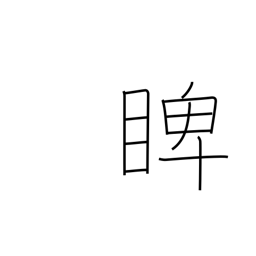
Meaning: glare at